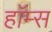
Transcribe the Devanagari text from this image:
हाॅम्स